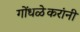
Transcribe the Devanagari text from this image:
गोंधळेकरांनी